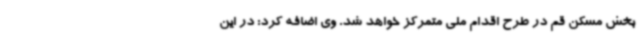
بخش مسکن قم در طرح اقدام ملی متمرکز خواهد شد. وی اضافه کرد: در این